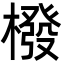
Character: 橃